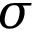
\sigma